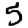
Digit: 5